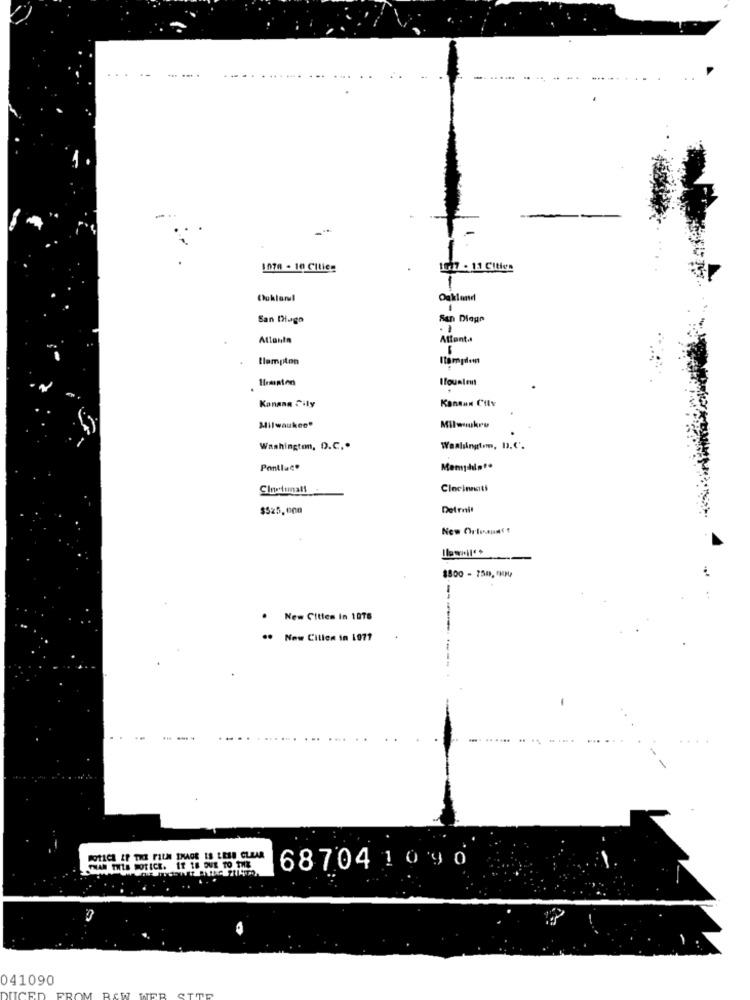
1070 - 10 Cities
1007 . 13 CItien
1
Ouklar!
San Diago
Atlanta
Attenta
tlampion
Ifouatent
KanRan Cily
Konana Tily
Milwaukee"
Milwkro
Washington, D.C ..
Washington, D.C'.
Pontiac®
Memphist.
Cincinnati
$525.000
Detrnit
$500 - 750, HNU
New Cities in 1076
.. Now Cillen in 1971
DOTACE AP THE FILM IMAGE IS LESS CLEAR
6870410 9 0
THAN THIS NOTICE. IT 18 DUE TO THE
041090
DUCED
OM